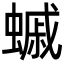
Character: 䗩